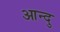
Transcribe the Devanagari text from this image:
आन्दु